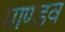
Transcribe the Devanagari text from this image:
माण्डव